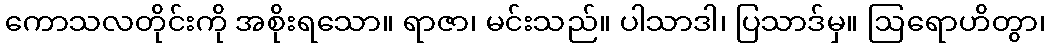
ကောသလတိုင်းကို အစိုးရသော။ ရာဇာ၊ မင်းသည်။ ပါသာဒါ၊ ပြသာဒ်မှ။ ဩရောဟိတွာ၊